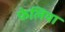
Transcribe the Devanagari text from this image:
फेलिया